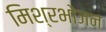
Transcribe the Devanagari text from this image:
मिश्रभोजन